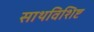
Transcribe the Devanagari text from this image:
साथविशिष्ट